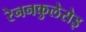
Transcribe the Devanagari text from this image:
रेननकुलेसेइ